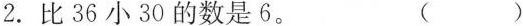
2.比36小30的数是6。 ( )